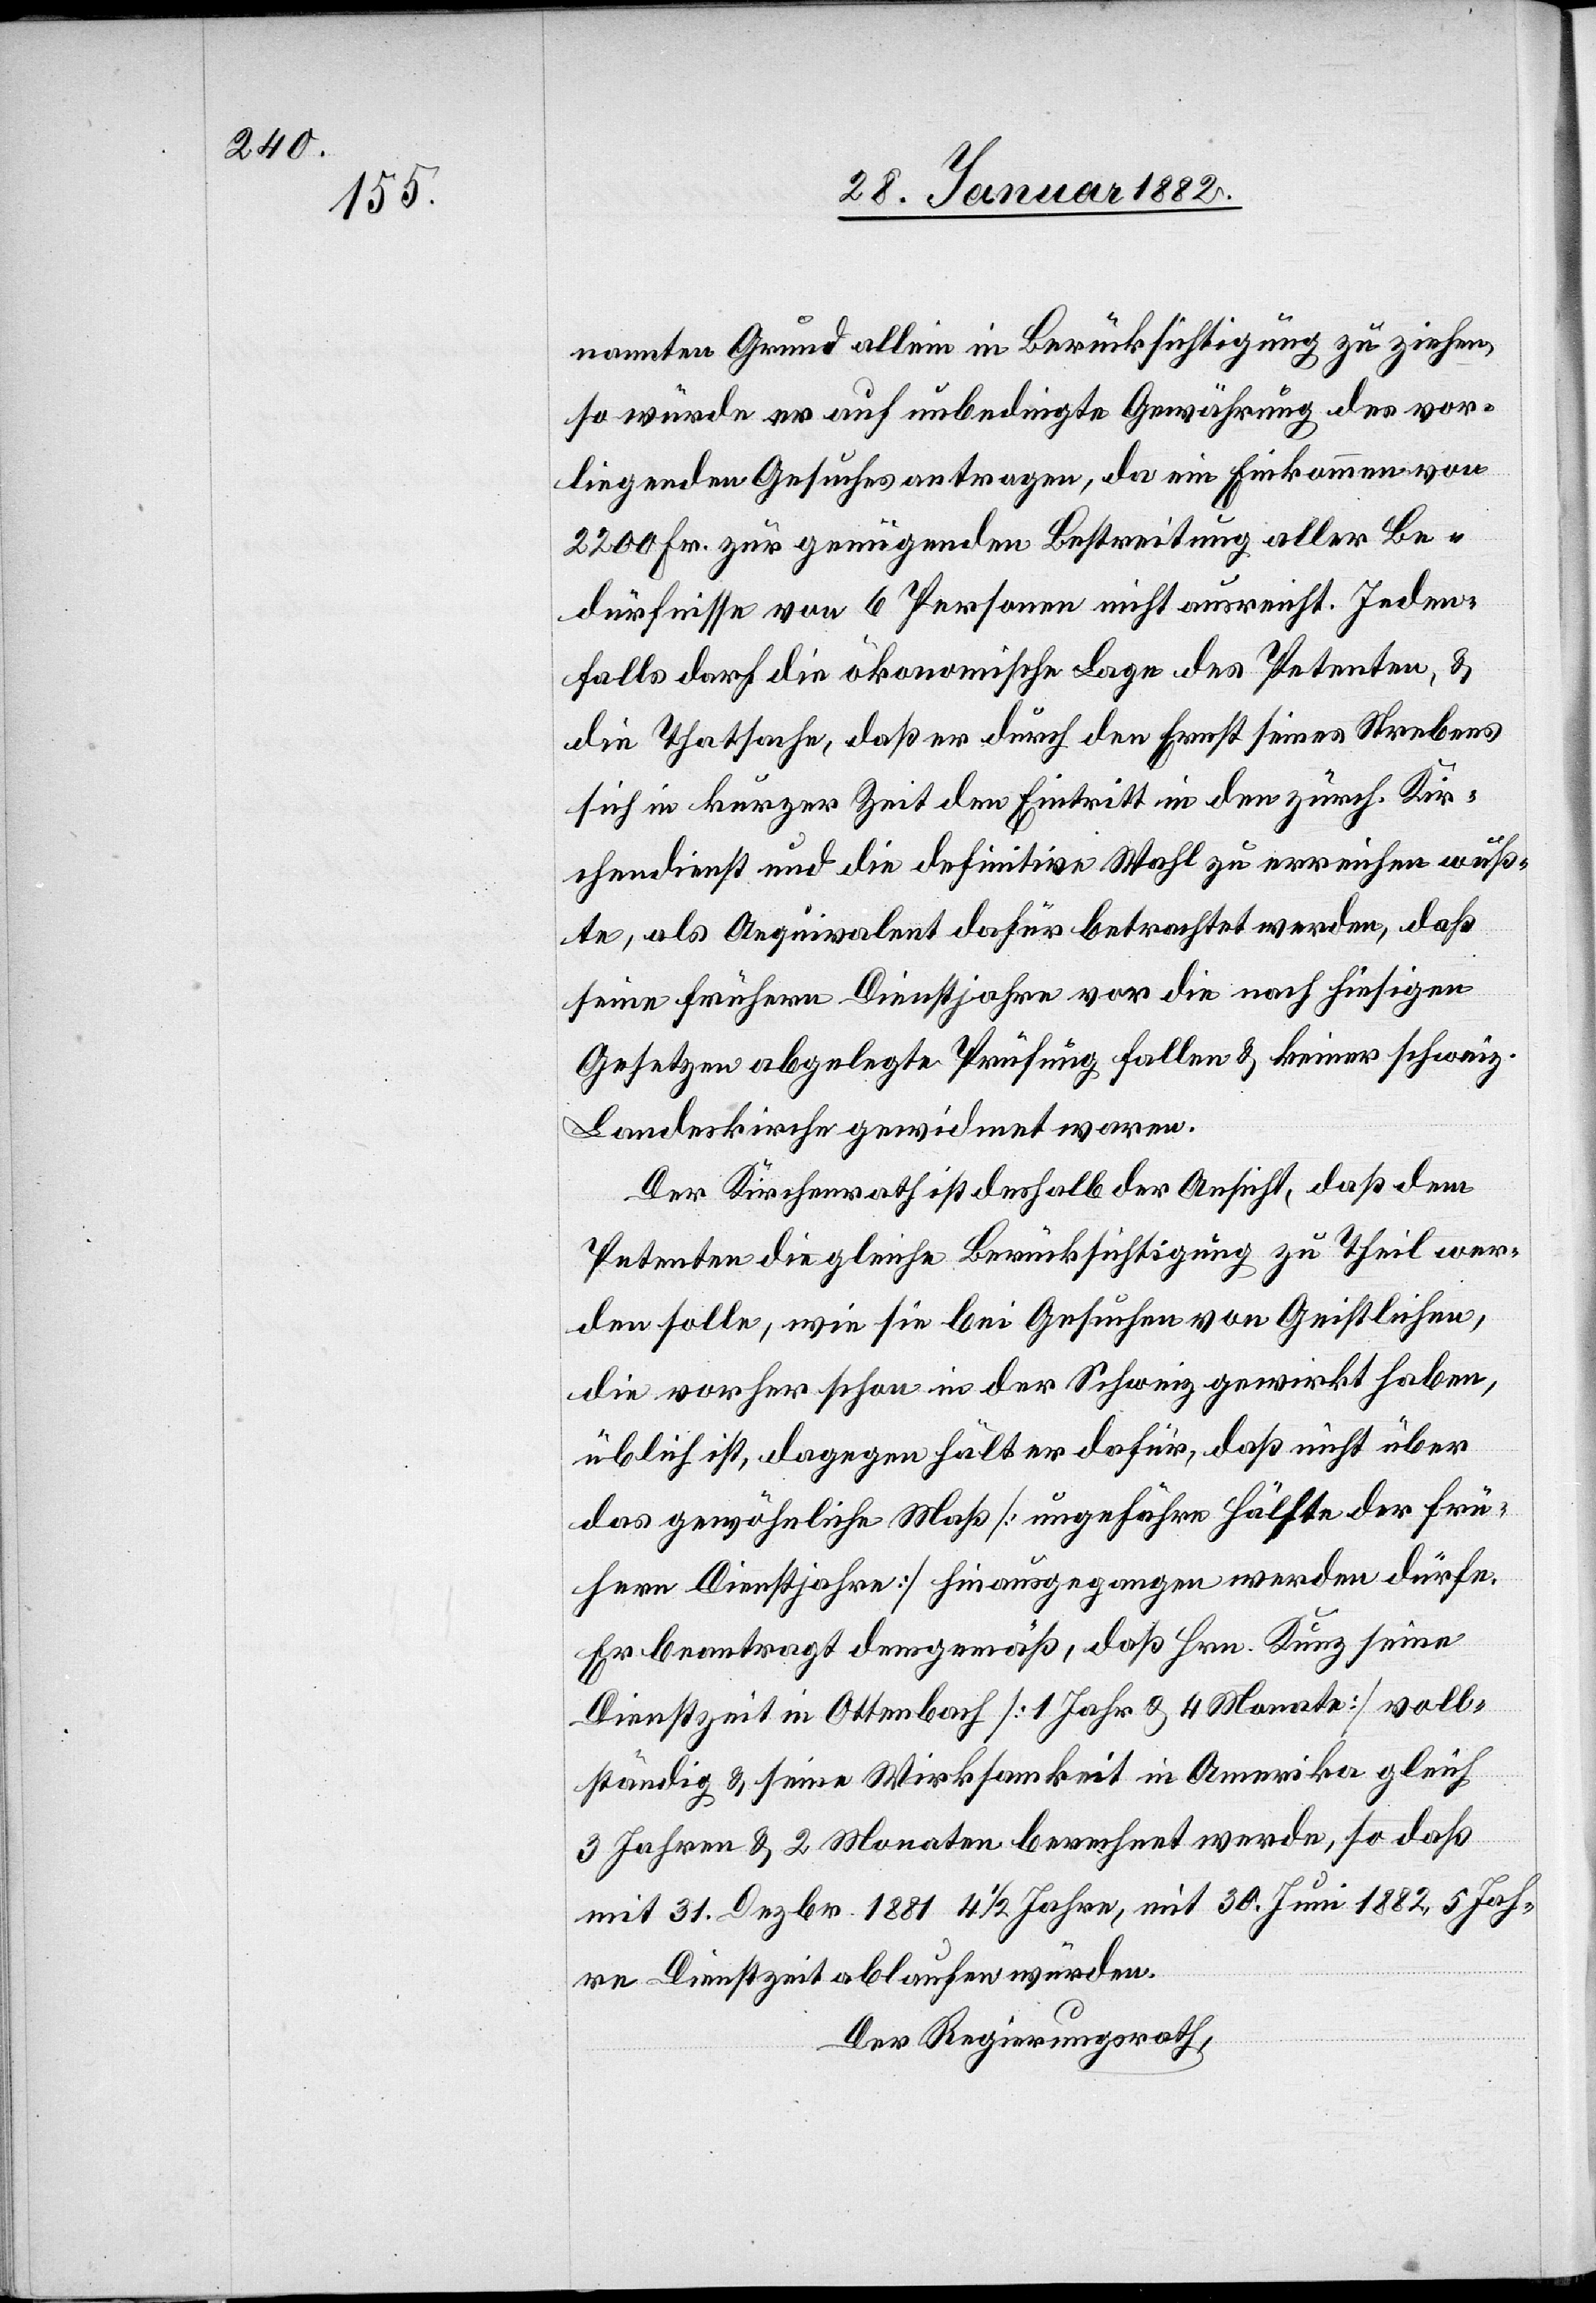
nannten Grund allein in Berücksichtigung zu ziehen,
so würde er auf unbedingte Gewährung des vor¬
liegenden Gesuches antragen, da ein Einkommen von
2200 Fr. zur genügenden Bestreitung aller Be¬
dürfnisse von 6 Personen nicht ausreicht. Indem¬
fall darf die ökonomische Lage des Petenten, &
die Thatsache, daß er durch den Ernst seines Strebens
sich in kurzer Zeit den Eintritt in den zürch. Kir¬
chendienst und die definitive Wahl zu erreichen wuß¬
te, als Aequivalent dafür betrachtet werden, daß
seine frühere Dienstjahre unter die nach hiesigen
Gesetzen abgelegte Prüfung fallen & keiner schweiz.
Landeskirche gewidmet waren.
Der Kirchenrath ist deshalb der Ansicht, daß dem
Petenten die gleiche Berücksichtigung zu Theil wer¬
den solle, wie sie bei Gesuchen von Geistlichen,
die vorher schon in der Schweiz gewirkt haben,
üblich ist, dagegen hält er dafür, daß nicht über
das gewöhnliche Maß [ungefähre Hälfte der frü¬
hern Dienstjahre] hinausgegangen werden dürfe.
Er beantragt demgemäß, daß Hrn. Kunz seine
Dienstzeit in Ottenbach [1 Jahr & 4 Monate] voll¬
ständig & seine Wirksamkeit in Amerika gleich
3 Jahre & 2 Monaten berechnet werde, so daß
mit 31. Dezbr. 1881 41/2 Jahre, mit 30. Juni 1882, 5 Jah¬
re Dienstzeit ablaufen würden.
Der Regierungsrath,